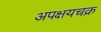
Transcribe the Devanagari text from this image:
अपक्षयचक्र